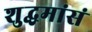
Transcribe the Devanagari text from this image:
शुद्धमांसं